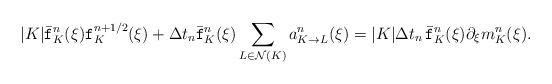
LaTeX: \begin{align*}|K|\bar{\mathtt{f}}^n_K(\xi)\mathtt{f}^{n+1/2}_K(\xi)+\Delta t_n\bar{\mathtt{f}}^n_K(\xi)\sum_{L\in\mathcal{N}(K)}a_{K\to L}^n(\xi)=|K|\Delta t_n\,\bar{\mathtt{f}}^n_K(\xi)\partial_\xi m^n_K(\xi).\end{align*}